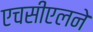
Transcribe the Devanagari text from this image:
एचसीएलने